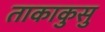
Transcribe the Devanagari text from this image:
ताकाकुसु